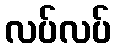
လပ်လပ်